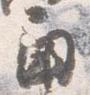
角